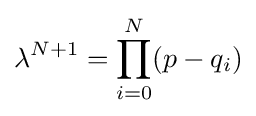
\lambda ^{N+1}=\prod _{i=0}^{N}(p-q_{i})